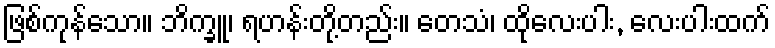
ဖြစ်ကုန်သော။ ဘိက္ခူ၊ ရဟန်းတို့တည်း။ တေသံ၊ ထိုလေးပါး, လေးပါးထက်